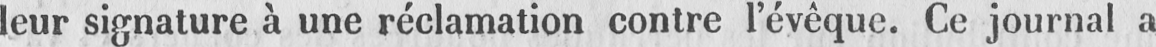
leur signature à une réclamation contre l’évêque. Ce journal a